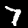
Label: 7